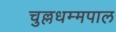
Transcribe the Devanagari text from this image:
चुल्लधम्मपाल